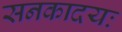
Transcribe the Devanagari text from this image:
सनकादयः